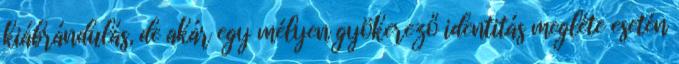
kiábrándulás, de akár egy mélyen gyökerező identitás megléte esetén